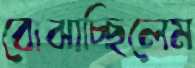
বোঝাচ্ছিলেম